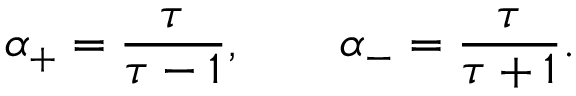
\alpha _ { + } = { \frac { \tau } { \tau - 1 } } , \qquad \alpha _ { - } = { \frac { \tau } { \tau + 1 } } .